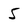
Character: 5